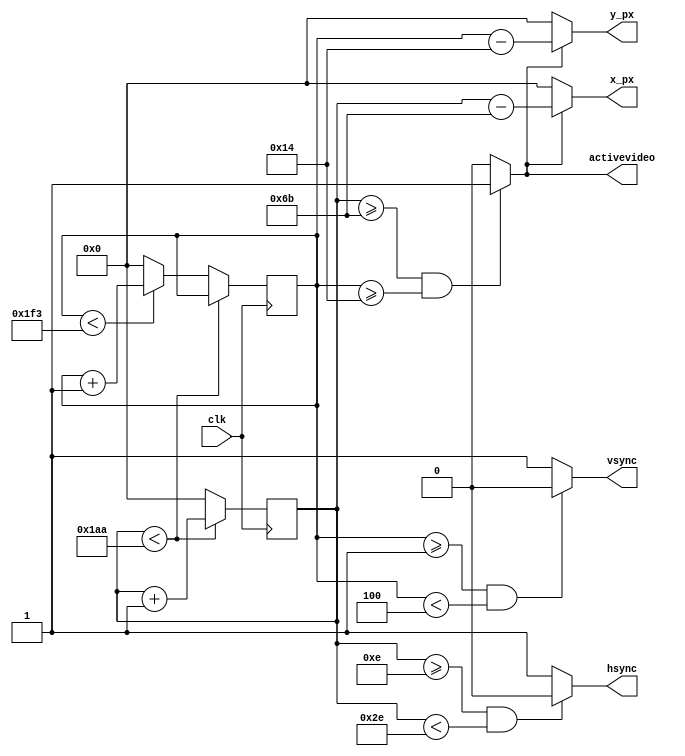
//////////////////////////////////////////////////////////////////////////////////
// Company: Ridotech
//
// Module Name:    VGASyncGen
// Description:    Basic control for 640x480@72Hz VGA signal.
//
// Dependencies:
//
// Revision:
// Revision 0.01 - File Created for Roland Coeurjoly (RCoeurjoly) in 640x480@85Hz.
// Revision 0.02 - Change for 640x480@60Hz.
// Revision 0.03 - Solved some mistakes.
// Revision 0.04 - Change for 640x480@72Hz and output signals 'activevideo' and 'px_clk'.
// Revision 0.05 - Eliminate 'color_px' and 'red_monitor', green_monitor', 'blue_monitor' (Sergio Cuenca).
// Revision 0.06 - Create 'FDivider' parameter for PLL.
// Revision 0.07 - Attempt to create 320x240 resolution at standard TinyFPGA clock of 16MHz (ie. remove PLL)
//
// Additional Comments:
//
//////////////////////////////////////////////////////////////////////////////////
module VGASyncGen (
  input wire       clk,           // Input clock (12Mhz or 16Mhz)
  output wire      hsync,         // Horizontal sync out
  output wire      vsync,         // Vertical sync out
  output reg [9:0] x_px,          // X position for actual pixel.
  output reg [9:0] y_px,          // Y position for actual pixel.
  output wire      activevideo    // Video is actived.
);

    /////////////////////////////////////////////////////////////

    // Video structure constants.
    //
    //   Horizontal Dots          640 (activeHvideo)
    //   Horiz. Sync Polarity     NEG
    //   A (hpixels)              Scanline time
    //   B (hpulse)               Sync pulse lenght
    //   C (hbp)                  Back porch
    //   D (activeHvideo)         Active video time
    //   E (hfp)                  Front porch
    //              ______________________            ______________
    //   __________|        VIDEO         |__________| VIDEO (next line)
    //   |-E-| |-C-|----------D-----------|-E-|
    //   ____   ______________________________   ___________________
    //       |_|                              |_|
    //       |B|
    //       |---------------A----------------|
    //
    // (Same structure for vertical signals).
    //

    // shaving 6 pixels off standard timings to adjust for 25 vs 25.175 clock

    // 320x240 (640x480) @ 75Hz -- based on timings from here:
    // http://tinyvga.com/vga-timing/640x480@75Hz
    // horizontal parameters halved, and adjusted slightly to account
    // for 31.5/32Mhz difference

    // based on the link above, total horizontal pixels are 840 with a 31.5MHz
    // clock.  Our clock is 32MHz equivalent, so we need 853.333 pixels.
    // Except, everything is divided by two.  So we need about 427 pixels per line.
    // Basically, we need to find an extra 7 pixel times to pad the line spacing out.
    // I've added the timing to hfp + hbp.
    parameter activeHvideo = 320;    // Number of horizontal pixels.
    parameter hfp = 14;   // 8        // Horizontal front porch length.
    parameter hpulse = 32;           // Hsync pulse length.
    parameter hbp = 61;  // 60       // Horizontal blank (back porch) length.

    parameter activeVvideo =  480;              // Number of vertical lines.
    parameter vfp = 1;                          // Vertical front porch length.
    parameter vpulse = 3;                       // Vsync pulse length.
    parameter vbp = 16;                         // Vertical back porch length.
    parameter blackH = hfp + hpulse + hbp;      // Hide pixels in one line.
    parameter blackV = vfp + vpulse + vbp;      // Hide lines in one frame.
    parameter hpixels = blackH + activeHvideo;  // Total horizontal pixels.
    parameter vlines = blackV + activeVvideo;   // Total lines.

    // Registers for storing the horizontal & vertical counters.
    reg [9:0] hc;
    reg [9:0] vc;

    // Initial values.
    initial
    begin
      x_px <= 0;
      y_px <= 0;
      hc <= 0;
      vc <= 0;
    end

    // Counting pixels.
    always @(posedge clk)
    begin
        // Keep counting until the end of the line.
        if (hc < hpixels - 1)
            hc <= hc + 1;
        else
        // When we hit the end of the line, reset the horizontal
        // counter and increment the vertical counter.
        // If vertical counter is at the end of the frame, then
        // reset that one too.
        begin
            hc <= 0;
            if (vc < vlines - 1)
               vc <= vc + 1;
            else
               vc <= 0;
        end
     end

    // Generate horizontal and vertical sync pulses (active low) and active video.
    assign hsync = (hc >= hfp && hc < hfp + hpulse) ? 1'b0 : 1'b1;
    assign vsync = (vc >= vfp && vc < vfp + vpulse) ? 1'b0 : 1'b1;
    assign activevideo = (hc >= blackH) && (vc >= blackV) ? 1'b1 : 1'b0; //&& (hc < blackH + activeHvideo) && (vc < blackV + activeVvideo) ? 1'b1 : 1'b0;
//    assign endframe = (hc == hpixels-1 && vc == vlines-1) ? 1'b1 : 1'b0 ;

    // Generate new pixel position.
    always @(*)
    begin
        // First check if we are within vertical active video range.
        if (activevideo)
        begin
            x_px <= hc - blackH;
            y_px <= vc - blackV;
        end
        else
        // We are outside active video range so initial position it's ok.
        begin
            x_px <= 0;
            y_px <= 0;
        end
     end

endmodule